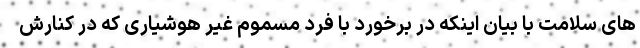
های سلامت با بیان اینکه در برخورد با فرد مسموم غیر هوشیاری که در کنارش